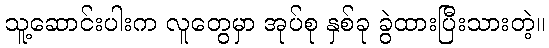
သူ့ဆောင်းပါးက လူတွေမှာ အုပ်စု နှစ်ခု ခွဲထားပြီးသားတဲ့။